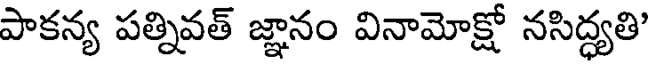
పాకన్య పత్నివత్ జ్ఞానం వినామోక్షో నసిద్ధ్యతి'